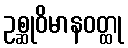
ဥစ္ဆုဝိမာနဝတ္ထု